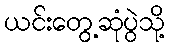
ယင်းတွေ့ဆုံပွဲသို့